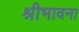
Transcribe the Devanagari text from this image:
श्रीभावना